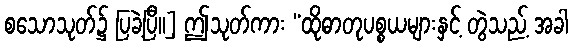
စသောသုတ်၌ ပြခဲ့ပြီ။] ဤသုတ်ကား “ထိုဓာတုပစ္စယများနှင့် တွဲသည့် အခါ